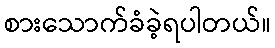
စားသောက်ခံခဲ့ရပါတယ်။